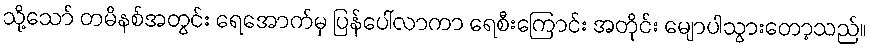
သို့သော် တမိနစ်အတွင်း ရေအောက်မှ ပြန်ပေါ်လာကာ ရေစီးကြောင်း အတိုင်း မျောပါသွားတော့သည်။